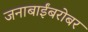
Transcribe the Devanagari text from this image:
जनाबाईंबरोबर